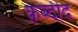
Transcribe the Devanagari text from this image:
क़ेब्दीद